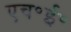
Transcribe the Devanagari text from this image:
एच॰ई॰